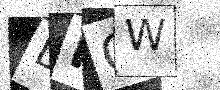
Text: DPQW